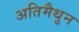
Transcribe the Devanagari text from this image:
अतिमैथुन